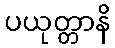
ပယုတ္တာနိ